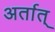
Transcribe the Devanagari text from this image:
अर्तात्